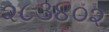
૨૮૩૪૦૨